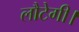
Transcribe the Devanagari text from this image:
लौटेगी।